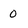
Character: 0